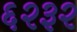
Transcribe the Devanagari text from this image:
६२३२